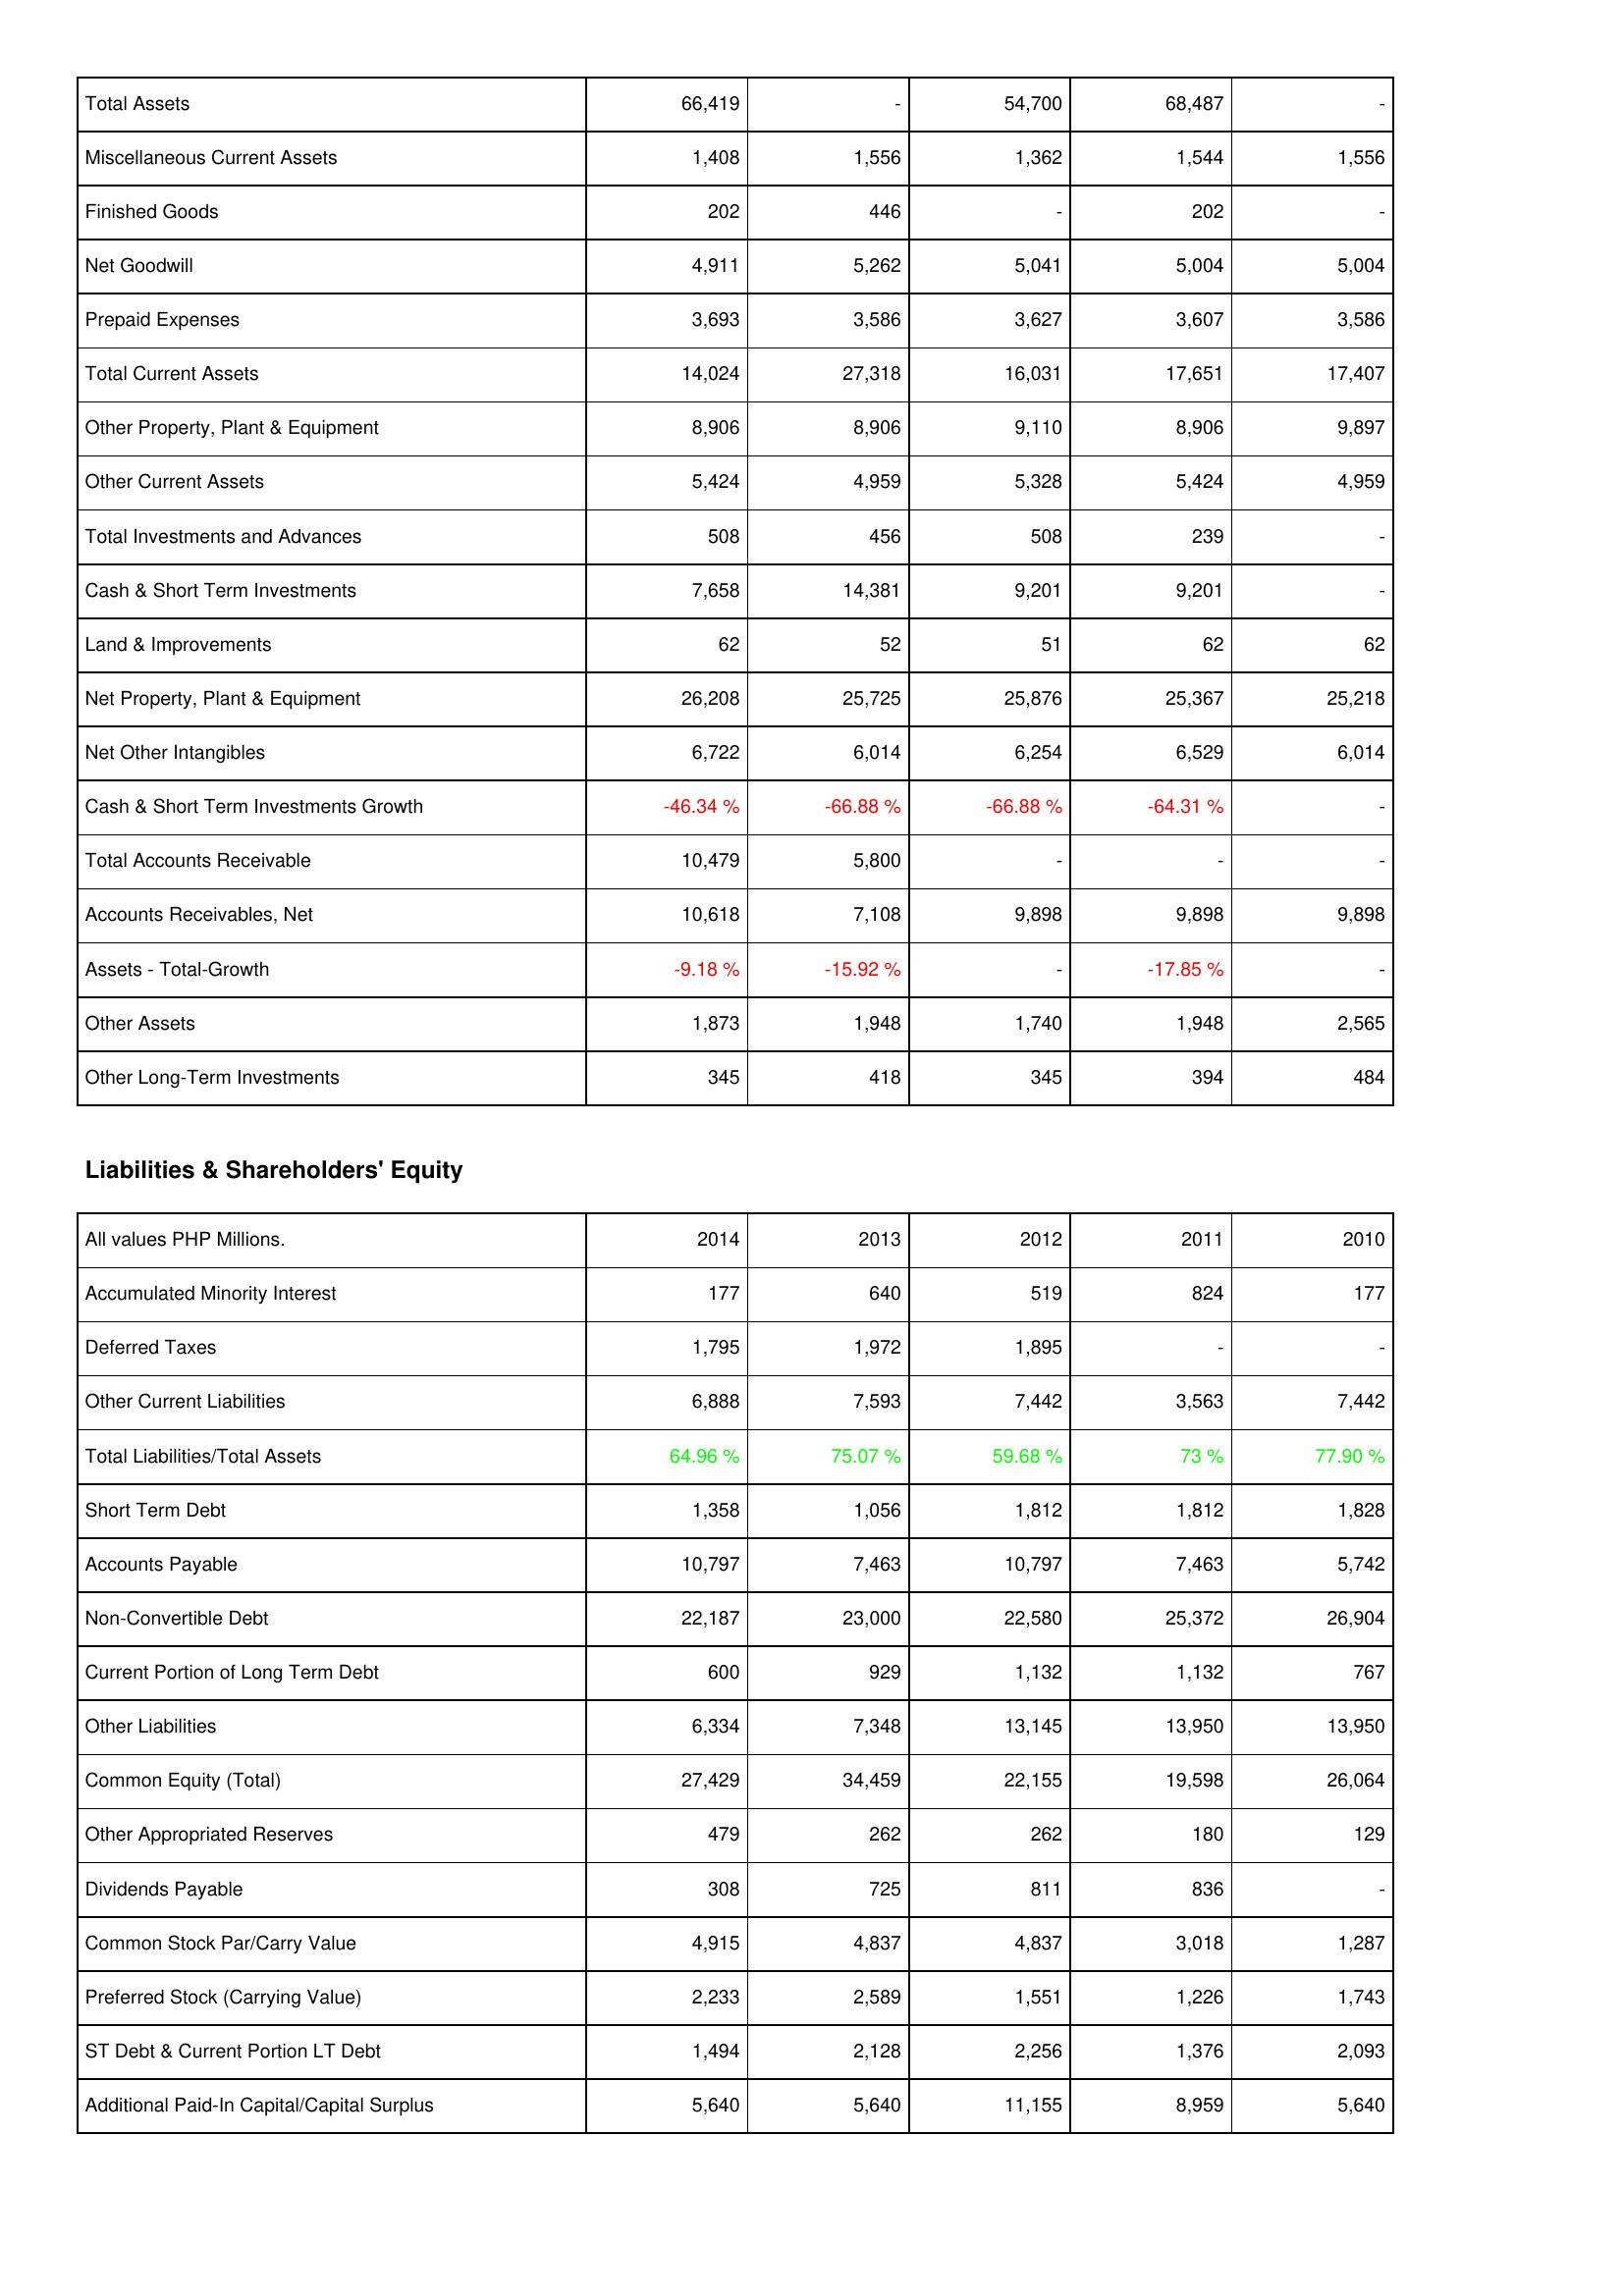
2014: Assets: Total Assets: 66,419
Miscellaneous Current Assets: 1,408
Finished Goods: 202
Net Goodwill: 4,911
Prepaid Expenses: 3,693
Total Current Assets: 14,024
Other Property, Plant & Equipment: 8,906
Other Current Assets: 5,424
Total Investments and Advances: 508
Cash & Short Term Investments: 7,658
Land & Improvements: 62
Net Property, Plant & Equipment: 26,208
Net Other Intangibles: 6,722
Cash & Short Term Investments Growth: -46.34 %
Total Accounts Receivable: 10,479
Accounts Receivables, Net: 10,618
Assets - Total-Growth: -9.18 %
Other Assets: 1,873
Other Long-Term Investments: 345
Liabilities & Shareholders' Equity: Accumulated Minority Interest: 177
Deferred Taxes: 1,795
Other Current Liabilities: 6,888
Total Liabilities/Total Assets: 64.96 %
Short Term Debt: 1,358
Accounts Payable: 10,797
Non-Convertible Debt: 22,187
Current Portion of Long Term Debt: 600
Other Liabilities: 6,334
Common Equity (Total): 27,429
Other Appropriated Reserves: 479
Dividends Payable: 308
Common Stock Par/Carry Value: 4,915
Preferred Stock (Carrying Value): 2,233
ST Debt & Current Portion LT Debt: 1,494
Additional Paid-In Capital/Capital Surplus: 5,640
2013: Assets: Total Assets: -
Miscellaneous Current Assets: 1,556
Finished Goods: 446
Net Goodwill: 5,262
Prepaid Expenses: 3,586
Total Current Assets: 27,318
Other Property, Plant & Equipment: 8,906
Other Current Assets: 4,959
Total Investments and Advances: 456
Cash & Short Term Investments: 14,381
Land & Improvements: 52
Net Property, Plant & Equipment: 25,725
Net Other Intangibles: 6,014
Cash & Short Term Investments Growth: -66.88 %
Total Accounts Receivable: 5,800
Accounts Receivables, Net: 7,108
Assets - Total-Growth: -15.92 %
Other Assets: 1,948
Other Long-Term Investments: 418
Liabilities & Shareholders' Equity: Accumulated Minority Interest: 640
Deferred Taxes: 1,972
Other Current Liabilities: 7,593
Total Liabilities/Total Assets: 75.07 %
Short Term Debt: 1,056
Accounts Payable: 7,463
Non-Convertible Debt: 23,000
Current Portion of Long Term Debt: 929
Other Liabilities: 7,348
Common Equity (Total): 34,459
Other Appropriated Reserves: 262
Dividends Payable: 725
Common Stock Par/Carry Value: 4,837
Preferred Stock (Carrying Value): 2,589
ST Debt & Current Portion LT Debt: 2,128
Additional Paid-In Capital/Capital Surplus: 5,640
2012: Assets: Total Assets: 54,700
Miscellaneous Current Assets: 1,362
Finished Goods: -
Net Goodwill: 5,041
Prepaid Expenses: 3,627
Total Current Assets: 16,031
Other Property, Plant & Equipment: 9,110
Other Current Assets: 5,328
Total Investments and Advances: 508
Cash & Short Term Investments: 9,201
Land & Improvements: 51
Net Property, Plant & Equipment: 25,876
Net Other Intangibles: 6,254
Cash & Short Term Investments Growth: -66.88 %
Total Accounts Receivable: -
Accounts Receivables, Net: 9,898
Assets - Total-Growth: -
Other Assets: 1,740
Other Long-Term Investments: 345
Liabilities & Shareholders' Equity: Accumulated Minority Interest: 519
Deferred Taxes: 1,895
Other Current Liabilities: 7,442
Total Liabilities/Total Assets: 59.68 %
Short Term Debt: 1,812
Accounts Payable: 10,797
Non-Convertible Debt: 22,580
Current Portion of Long Term Debt: 1,132
Other Liabilities: 13,145
Common Equity (Total): 22,155
Other Appropriated Reserves: 262
Dividends Payable: 811
Common Stock Par/Carry Value: 4,837
Preferred Stock (Carrying Value): 1,551
ST Debt & Current Portion LT Debt: 2,256
Additional Paid-In Capital/Capital Surplus: 11,155
2011: Assets: Total Assets: 68,487
Miscellaneous Current Assets: 1,544
Finished Goods: 202
Net Goodwill: 5,004
Prepaid Expenses: 3,607
Total Current Assets: 17,651
Other Property, Plant & Equipment: 8,906
Other Current Assets: 5,424
Total Investments and Advances: 239
Cash & Short Term Investments: 9,201
Land & Improvements: 62
Net Property, Plant & Equipment: 25,367
Net Other Intangibles: 6,529
Cash & Short Term Investments Growth: -64.31 %
Total Accounts Receivable: -
Accounts Receivables, Net: 9,898
Assets - Total-Growth: -17.85 %
Other Assets: 1,948
Other Long-Term Investments: 394
Liabilities & Shareholders' Equity: Accumulated Minority Interest: 824
Deferred Taxes: -
Other Current Liabilities: 3,563
Total Liabilities/Total Assets: 73 %
Short Term Debt: 1,812
Accounts Payable: 7,463
Non-Convertible Debt: 25,372
Current Portion of Long Term Debt: 1,132
Other Liabilities: 13,950
Common Equity (Total): 19,598
Other Appropriated Reserves: 180
Dividends Payable: 836
Common Stock Par/Carry Value: 3,018
Preferred Stock (Carrying Value): 1,226
ST Debt & Current Portion LT Debt: 1,376
Additional Paid-In Capital/Capital Surplus: 8,959
2010: Assets: Total Assets: -
Miscellaneous Current Assets: 1,556
Finished Goods: -
Net Goodwill: 5,004
Prepaid Expenses: 3,586
Total Current Assets: 17,407
Other Property, Plant & Equipment: 9,897
Other Current Assets: 4,959
Total Investments and Advances: -
Cash & Short Term Investments: -
Land & Improvements: 62
Net Property, Plant & Equipment: 25,218
Net Other Intangibles: 6,014
Cash & Short Term Investments Growth: -
Total Accounts Receivable: -
Accounts Receivables, Net: 9,898
Assets - Total-Growth: -
Other Assets: 2,565
Other Long-Term Investments: 484
Liabilities & Shareholders' Equity: Accumulated Minority Interest: 177
Deferred Taxes: -
Other Current Liabilities: 7,442
Total Liabilities/Total Assets: 77.90 %
Short Term Debt: 1,828
Accounts Payable: 5,742
Non-Convertible Debt: 26,904
Current Portion of Long Term Debt: 767
Other Liabilities: 13,950
Common Equity (Total): 26,064
Other Appropriated Reserves: 129
Dividends Payable: -
Common Stock Par/Carry Value: 1,287
Preferred Stock (Carrying Value): 1,743
ST Debt & Current Portion LT Debt: 2,093
Additional Paid-In Capital/Capital Surplus: 5,640